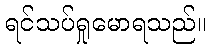
ရင်သပ်ရှုမောရသည်။